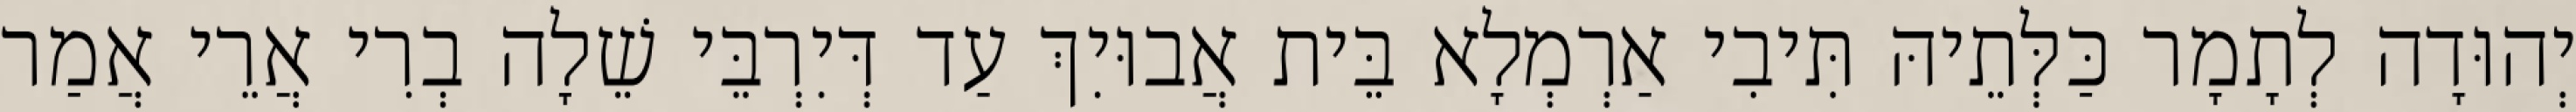
יְהוּדָה לְתָמָר כַּלְּתֵיהּ תִּיבִי אַרְמְלָא בֵּית אֲבוּיִךְ עַד דְּיִרְבֵּי שֵׁלָה בְרִי אֲרֵי אֲמַר